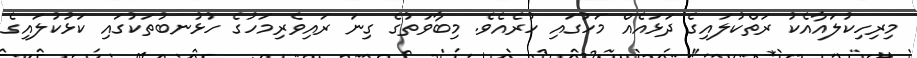
މިރިހިކުލައާއެކު ރަތްކުލައިގެ ދަޅައެއް މަހުގައި ހުރެއެވެ. މިބާވަތުގެ ގިނަ ރައިވެރިމަހުގެ ހުޅުނބުތަކުގައި ކަޅުކުލައިގެ